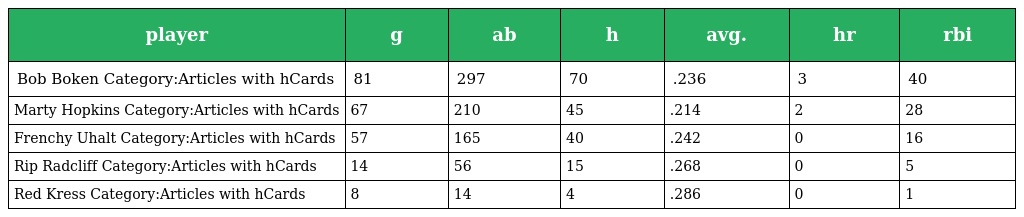
| player | g | ab | h | avg. | hr | rbi |
 | --- | --- | --- | --- | --- | --- | --- |
 | Bob Boken Category:Articles with hCards | 81 | 297 | 70 | .236 | 3 | 40 |
 | Marty Hopkins Category:Articles with hCards | 67 | 210 | 45 | .214 | 2 | 28 |
 | Frenchy Uhalt Category:Articles with hCards | 57 | 165 | 40 | .242 | 0 | 16 |
 | Rip Radcliff Category:Articles with hCards | 14 | 56 | 15 | .268 | 0 | 5 |
 | Red Kress Category:Articles with hCards | 8 | 14 | 4 | .286 | 0 | 1 |